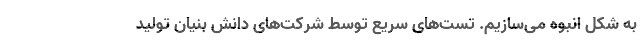
به شکل انبوه می‌سازیم. تست‌های سریع توسط شرکت‌های دانش بنیان تولید